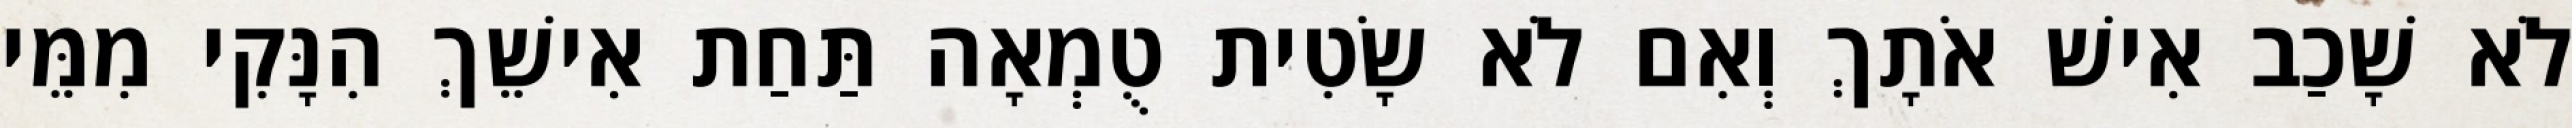
לֹא שָׁכַב אִישׁ אֹתָךְ וְאִם לֹא שָׂטִית טֻמְאָה תַּחַת אִישֵׁךְ הִנָּקִי מִמֵּי